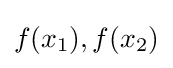
f(x_{1}),f(x_{2})